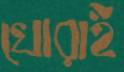
খোরাই